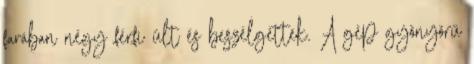
farában négy férfi ült és beszélgettek. A gép gyönyörű